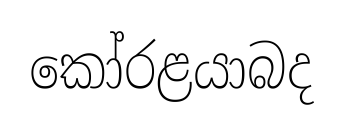
කෝරළයාබද